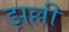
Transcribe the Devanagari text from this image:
झल्ली